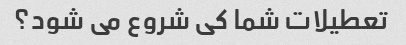
تعطیلات شما کی شروع می شود؟